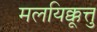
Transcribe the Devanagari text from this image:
मलयिक्कूत्तु